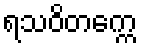
ရသဝိတက္ကေ